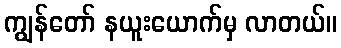
ကျွန်တော် နယူးယောက်မှ လာတယ်။